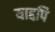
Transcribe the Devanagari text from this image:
याद्दपि